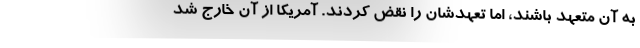
به آن متعهد باشند، امّا تعهدشان را نقض کردند. آمریکا از آن خارج ‌شد